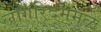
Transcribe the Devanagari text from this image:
लॉगॅरिदममुळे